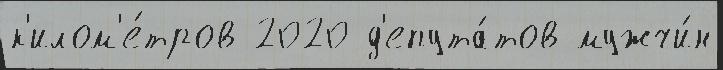
к'илом'е́тров 2020 д'епута́тов мужчи́н